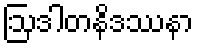
ဩဒါတနိဒဿနာ